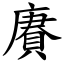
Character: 賡